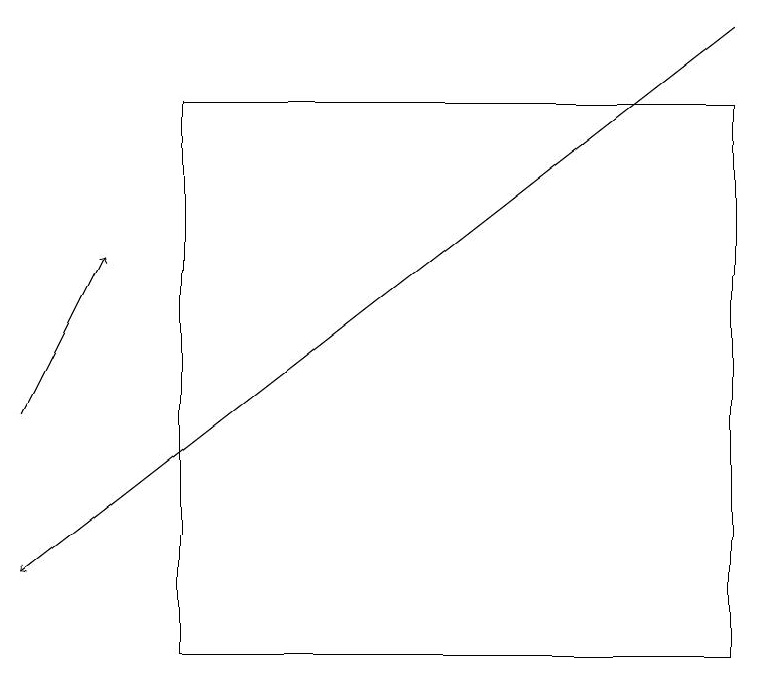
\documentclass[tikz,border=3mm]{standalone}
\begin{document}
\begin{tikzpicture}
\draw[->] (0,14) -- (1,16);
\draw (2,18) rectangle (9,11);
\draw[->] (9,19) -- (0,12);
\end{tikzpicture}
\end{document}